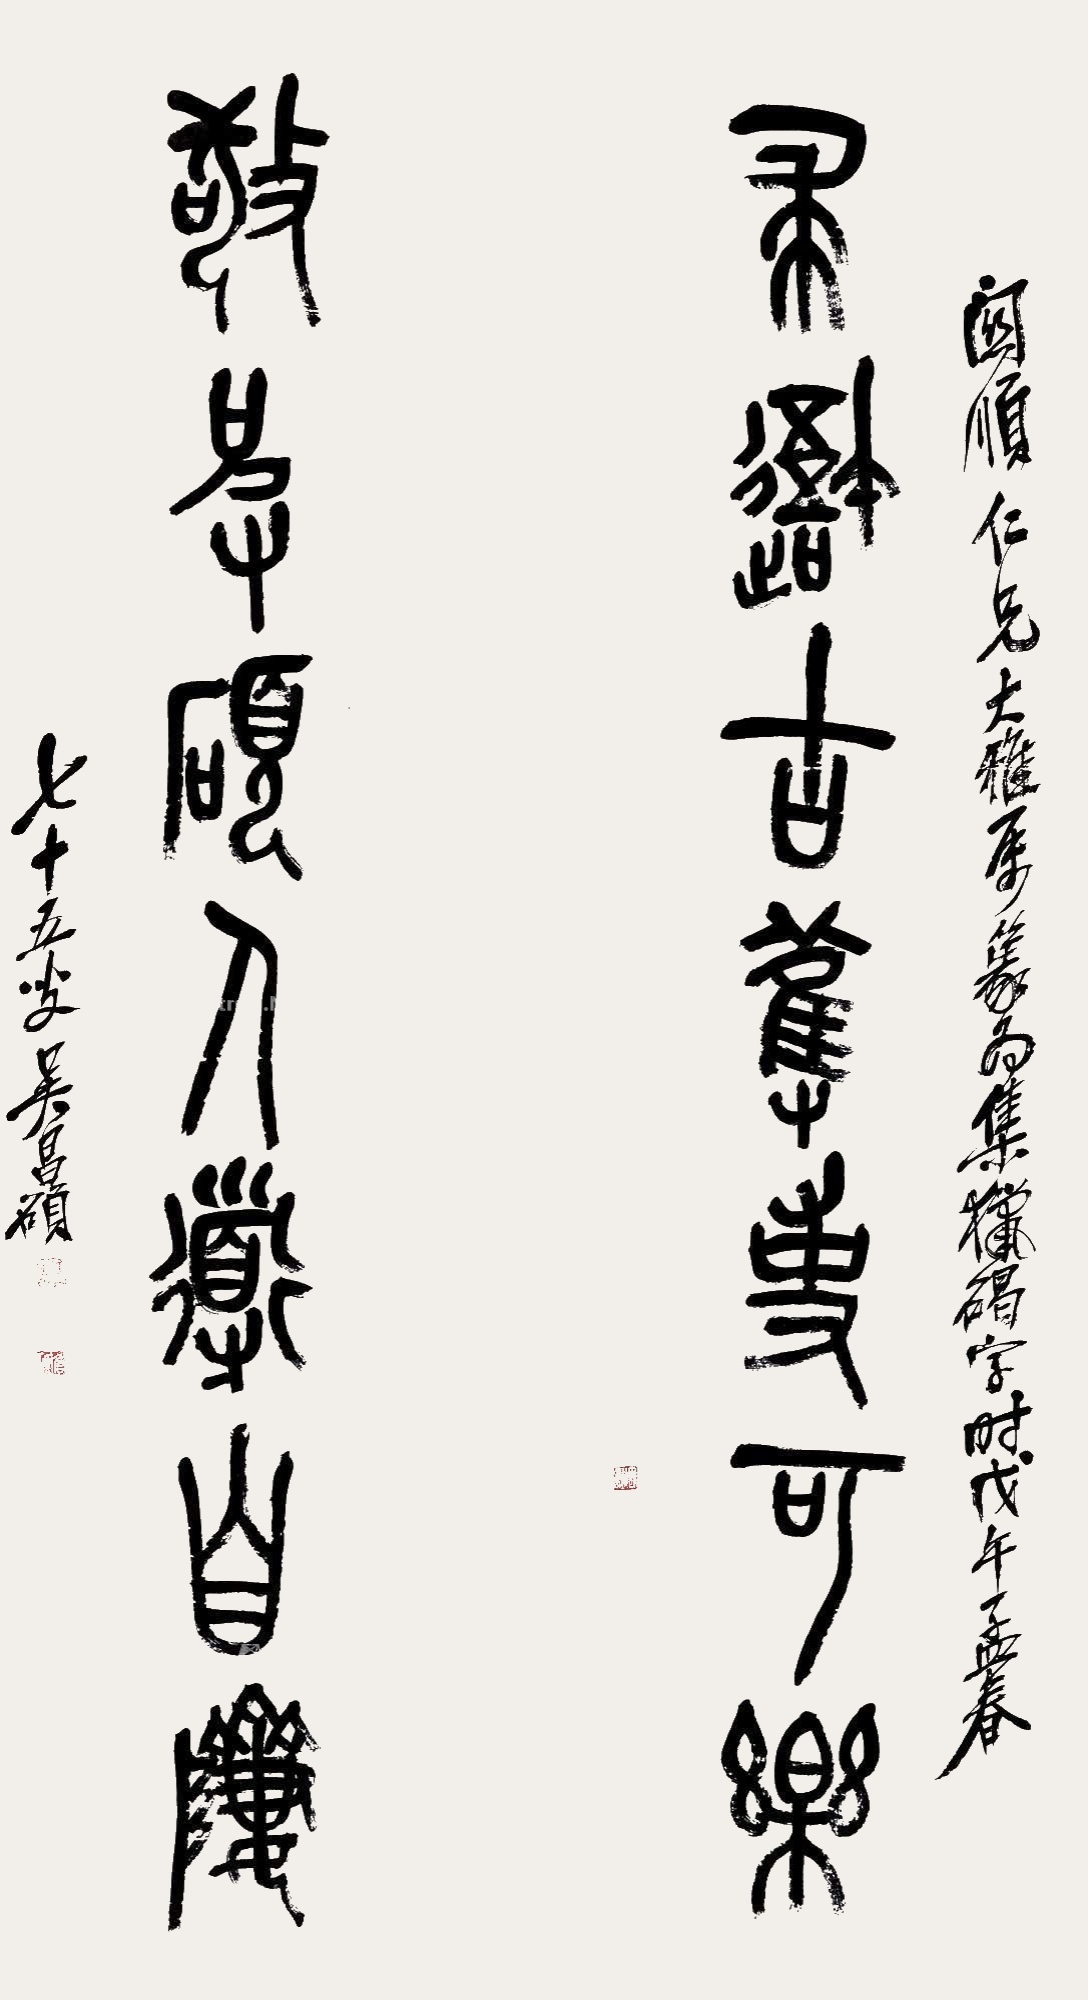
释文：求吾古获事可乐，敬彼硕人道自跻。关顺仁兄大雅属篆，为积猎碣字，戊午孟春，七十五叟吴昌硕。